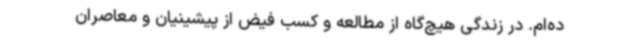
ده‌ام. در زندگی هیچ‌گاه از مطالعه و کسب فیض از پیشینیان و معاصران